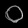
Digit: ၀